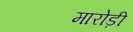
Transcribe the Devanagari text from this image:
मारोड़ी